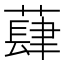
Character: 蕼